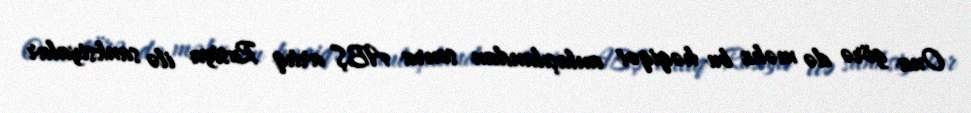
Ona görə də məhz bu həqiqət anlaşılandan sonra ABŞ artıq Rusiya ilə sanksiyalar